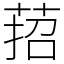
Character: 萔